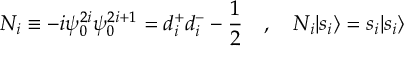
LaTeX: N _ { i } \equiv - i \psi _ { 0 } ^ { 2 i } \psi _ { 0 } ^ { 2 i + 1 } = d _ { i } ^ { + } d _ { i } ^ { - } - \frac { 1 } { 2 } ~ ~ ~ , ~ ~ ~ N _ { i } | { s _ { i } } \rangle = s _ { i } | { s _ { i } } \rangle